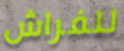
للفراش